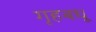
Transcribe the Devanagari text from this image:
गृहबधू